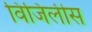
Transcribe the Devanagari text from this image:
विजिलीस